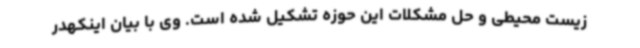
زیست محیطی و حل مشکلات این حوزه تشکیل شده است. وی با بیان اینکهدر